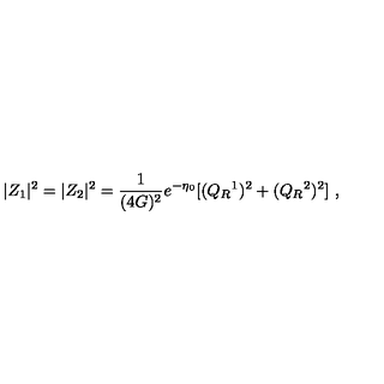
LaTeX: | Z _ { 1 } | ^ { 2 } = | Z _ { 2 } | ^ { 2 } = { \frac { 1 } { ( 4 G ) ^ { 2 } } } e ^ { - \eta _ { 0 } } [ ( Q _ { R } { } ^ { 1 } ) ^ { 2 } + ( Q _ { R } { } ^ { 2 } ) ^ { 2 } ] \ ,